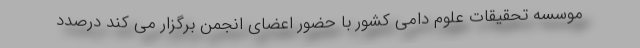
موسسه تحقیقات علوم دامی کشور با حضور اعضای انجمن برگزار می کند درصدد